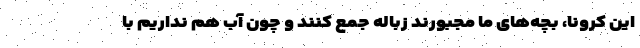
این کرونا، بچه‌های ما مجبورند زباله جمع کنند و چون آب هم نداریم با